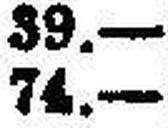
74.—